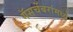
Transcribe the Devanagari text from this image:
गॅसचेंबरांमध्ये